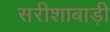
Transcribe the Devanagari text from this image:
सरीशाबाड़ी